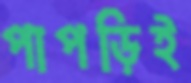
পাপড়িই